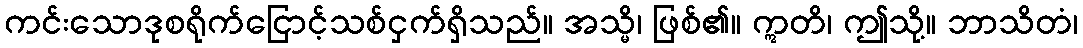
ကင်းသောဒုစရိုက်ငြောင့်သစ်ငှက်ရှိသည်။ အသ္မိ၊ ဖြစ်၏။ ဣတိ၊ ဤသို့။ ဘာသိတံ၊